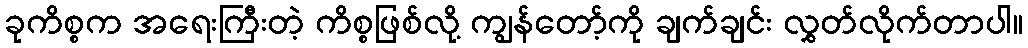
ခုကိစ္စက အရေးကြီးတဲ့ ကိစ္စဖြစ်လို့ ကျွန်တော့်ကို ချက်ချင်း လွှတ်လိုက်တာပါ။